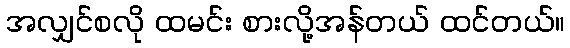
အလျှင်စလို ထမင်း စားလို့အန်တယ် ထင်တယ်။